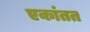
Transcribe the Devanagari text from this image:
एकांतत